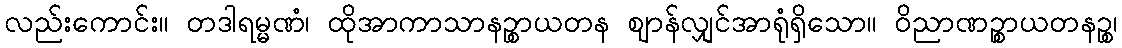
လည်းကောင်း။ တဒါရမ္မဏံ၊ ထိုအာကာသာနဉ္စာယတန ဈာန်လျှင်အာရုံရှိသော။ ဝိညာဏဉ္စာယတနဉ္စ၊